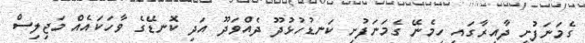
ގެމަނަފުށީ ދާއިރާގައި ހިމެނޭ ގެމަނަފުށި ކަނޑުހުޅުދޫ ދެއްވަދޫ އަދި ކޮނޑޭގެ ވާހަކައެއް މަޖިލިސް